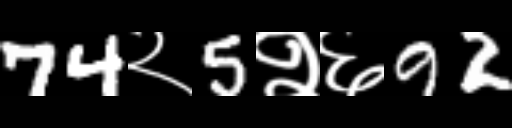
Text: 74२5२६92